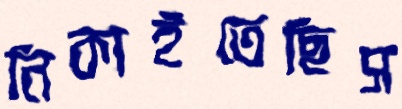
নিকাইতেছিস